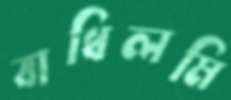
বাধিলমি